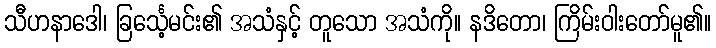
သီဟနာဒေါ၊ ခြင်္သေ့မင်း၏ အသံနှင့် တူသော အသံကို။ နဒိတော၊ ကြိမ်းဝါးတော်မူ၏။